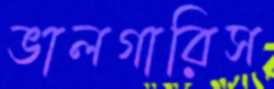
ভালগারিস